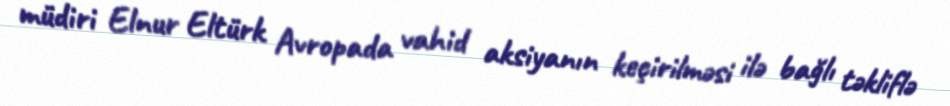
müdiri Elnur Eltürk Avropada vahid aksiyanın keçirilməsi ilə bağlı təkliflə